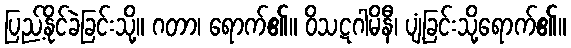
ပြည့်နိုင်ခဲခြင်းသို့။ ဂတာ၊ ရောက်၏။ ဝိသဋဂါမိနီ၊ ပျံ့ခြင်းသို့ရောက်၏။